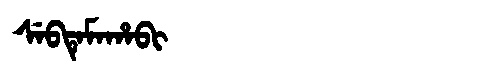
Manchu: ᠰᡝᠪᡨᡝᠮᠠᡥᠠᠪᡳ
Romanization: SEBTEMAHABI